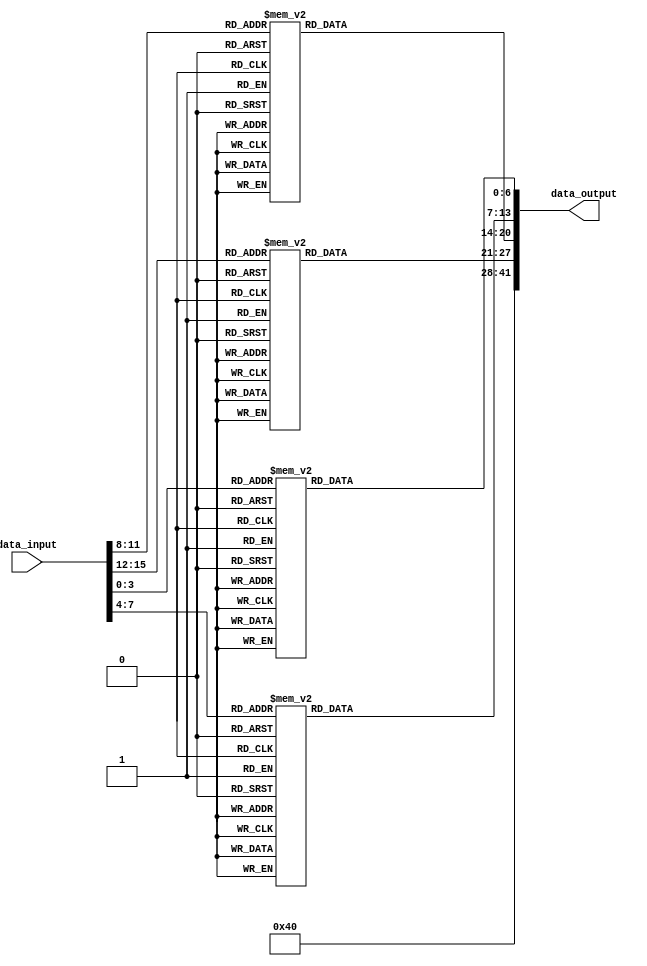
module seven_seg (data_input, data_output);

input	[15: 0]	data_input;
output[41: 0]	data_output;


reg	[ 3: 0]	data_input_4;
reg	[ 3: 0]	data_input_3;
reg	[ 3: 0]	data_input_2;
reg	[ 3: 0]	data_input_1;
reg	[ 6: 0]	data_output_4;
reg	[ 6: 0]	data_output_3;
reg	[ 6: 0]	data_output_2;
reg	[ 6: 0]	data_output_1;
reg	[41: 0]  data_output;

always@(data_input)
begin
	data_input_1	= data_input [ 3: 0];
	data_input_2	= data_input [ 7: 4];
	data_input_3	= data_input [11: 8];
	data_input_4	= data_input [15:12];
	case (data_input_1)
		4'h0:	data_output_1 = 7'h40;
		4'h1:	data_output_1 = 7'h79;
		4'h2:	data_output_1 = 7'h24;
		4'h3:	data_output_1 = 7'h30;
		4'h4:	data_output_1 = 7'h19;
		4'h5:	data_output_1 = 7'h12;
		4'h6:	data_output_1 = 7'h02;
		4'h7:	data_output_1 = 7'h38;
		4'h8:	data_output_1 = 7'h00;
		4'h9:	data_output_1 = 7'h18;
		4'hA:	data_output_1 = 7'h08;
		4'hB:	data_output_1 = 7'h03;
		4'hC:	data_output_1 = 7'h46;
		4'hD:	data_output_1 = 7'h21;
		4'hE:	data_output_1 = 7'h06;
		4'hF:	data_output_1 = 7'h0E;
	endcase
	case (data_input_2)
		4'h0:	data_output_2 = 7'h40;
		4'h1:	data_output_2 = 7'h79;
		4'h2:	data_output_2 = 7'h24;
		4'h3:	data_output_2 = 7'h30;
		4'h4:	data_output_2 = 7'h19;
		4'h5:	data_output_2 = 7'h12;
		4'h6:	data_output_2 = 7'h02;
		4'h7:	data_output_2 = 7'h38;
		4'h8:	data_output_2 = 7'h00;
		4'h9:	data_output_2 = 7'h18;
		4'hA:	data_output_2 = 7'h08;
		4'hB:	data_output_2 = 7'h03;
		4'hC:	data_output_2 = 7'h46;
		4'hD:	data_output_2 = 7'h21;
		4'hE:	data_output_2 = 7'h06;
		4'hF:	data_output_2 = 7'h0E;
	endcase
	case (data_input_3)
		4'h0:	data_output_3 = 7'h40;
		4'h1:	data_output_3 = 7'h79;
		4'h2:	data_output_3 = 7'h24;
		4'h3:	data_output_3 = 7'h30;
		4'h4:	data_output_3 = 7'h19;
		4'h5:	data_output_3 = 7'h12;
		4'h6:	data_output_3 = 7'h02;
		4'h7:	data_output_3 = 7'h38;
		4'h8:	data_output_3 = 7'h00;
		4'h9:	data_output_3 = 7'h18;
		4'hA:	data_output_3 = 7'h08;
		4'hB:	data_output_3 = 7'h03;
		4'hC:	data_output_3 = 7'h46;
		4'hD:	data_output_3 = 7'h21;
		4'hE:	data_output_3 = 7'h06;
		4'hF:	data_output_3 = 7'h0E;
	endcase
	case (data_input_4)
		4'h0:	data_output_4 = 7'h40;
		4'h1:	data_output_4 = 7'h79;
		4'h2:	data_output_4 = 7'h24;
		4'h3:	data_output_4 = 7'h30;
		4'h4:	data_output_4 = 7'h19;
		4'h5:	data_output_4 = 7'h12;
		4'h6:	data_output_4 = 7'h02;
		4'h7:	data_output_4 = 7'h38;
		4'h8:	data_output_4 = 7'h00;
		4'h9:	data_output_4 = 7'h18;
		4'hA:	data_output_4 = 7'h08;
		4'hB:	data_output_4 = 7'h03;
		4'hC:	data_output_4 = 7'h46;
		4'hD:	data_output_4 = 7'h21;
		4'hE:	data_output_4 = 7'h06;
		4'hF:	data_output_4 = 7'h0E;
	endcase
	data_output [ 6: 0]	= data_output_1;
	data_output [13: 7]	= data_output_2;
	data_output [20:14]	= data_output_3;
	data_output [27:21]	= data_output_4;
	data_output [41:28]  = 14'h4040;
end

endmodule